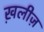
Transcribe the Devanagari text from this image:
ख़लीज़